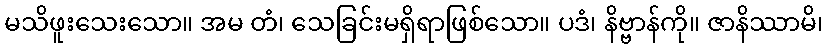
မသိဖူးသေးသော။ အမ တံ၊ သေခြင်းမရှိရာဖြစ်သော။ ပဒံ၊ နိဗ္ဗာန်ကို။ ဇာနိဿာမိ၊